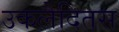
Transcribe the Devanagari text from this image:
उकलैदितस